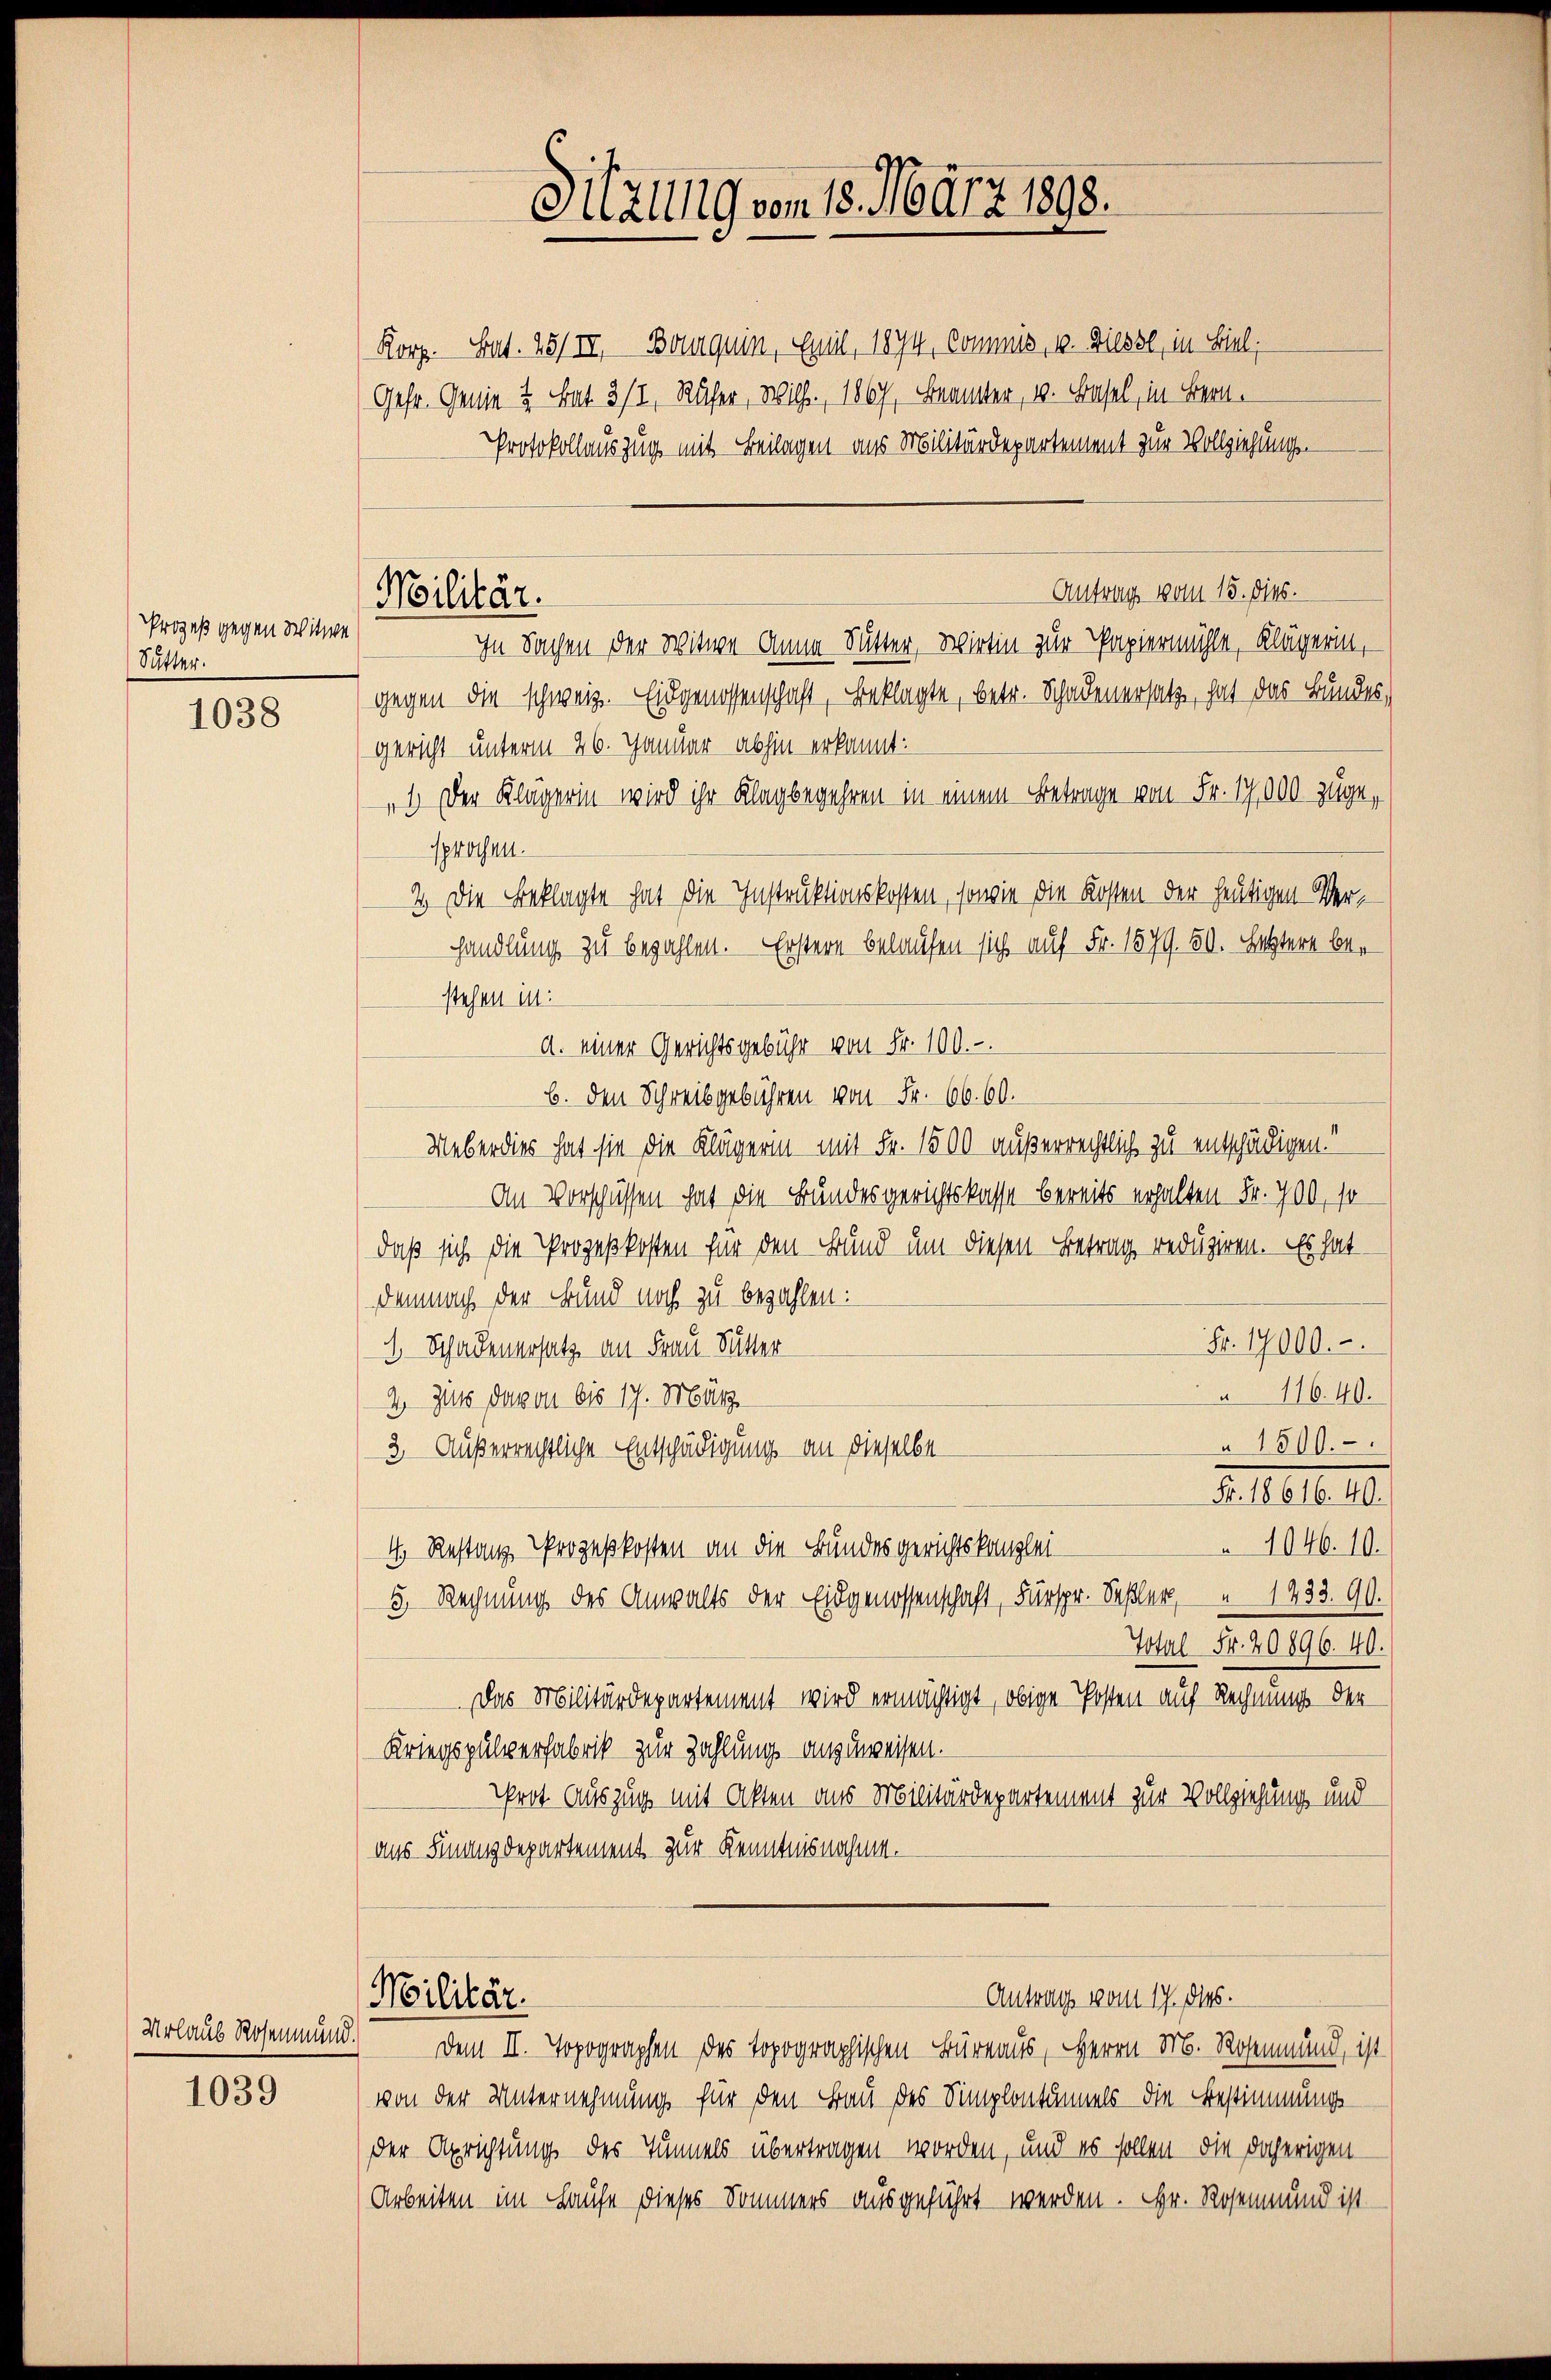
Prozeß gegen Witwe
Sutter.

1038

Urlaub Rosenmund.

1039

Militär.

Korp. Sat. 25/II, Bouquin, Emil 1874, Commis, v. Diesse, in Biel,
Gehr. Genie 2 Tat 3/2, Rufer, Wilh. 1867, Beamter, v. Basel, in Bern.
Protokollauszug mit Beilagen aus Militärdepartement zur Vollziehungs¬
Antrag vom 15. dies.
In Sachen der Witwe Anna Sutter, Wirtin zur Papiermühle, Klägerin,
gegen die schweiz. Eidgenossenschaft, Beklagte, betr. Schadenersatz, hat das Bundes,
gericht unterm 26. Januar abhin erkannt:
„1.) Der Klägerin wird ihr Klagbegehren in einem Betrage von Fr. 17,000 zugesprochen
2. Die Beklagte hat die Instruktionskosten, sowie die Kosten der heutigen Verhandlung zu bezahlen. Erstern belaufen sich auf Fr. 1579. 50. Letztere bestehen in:
a. einer Gerichtsgebühr von Fr. 100.-
b. den Schreibgebühren von Fr. 66. 60.
Ueberdies hat sie die Klägerin mit Fr. 1500 außerrechtlich zu entschädigen.
An Vorschüssen hat die Bundesgerichtskasse bereits erhalten Fr. 700, so
daß sich die Prozeßkosten für den Bund um diesen Betrag reduziren. Es hat
Demnach der Bund noch zu bezahlen:
Fr. 17000.
1 Schadenersatz an Frau Sutter
116. 40.
2. Zins davon bis 17. März.
à 1500.
3. Außerrechtliche Entschädigung an dieselbe
Felle 10. 10.
1046. 10.
4. Restanz Prozeßkosten an die Bundesgerichtskanzlei-
5. Rechnung des Anwalts der Eidgenossenschaft, Fürspr. Sehler, 1433. 90.
Total Fr. 20896. 40.
Das Militärdepartement wird ermächtigt, obige Posten auf Rechnung der
Kriegspulverfabrik zur Zahlung anzuweisen.
Prot Auszug mit Akten aus Militärdepartement zur Vollziehung und
aus Finanzdepartement zur Kenntnisnahme.
Militär.
Antrag vom 17. ds.
Dem II. Topographen des topographischen Büreaus, Herrn M. Rosenmund, ist
von der Unternehmung für den Bau des Simplontannels die Bestimmungsder Aprichtung des Tunnels übertragen worden, und es sollen die daherigen
Arbeiten im Hause dieses Sommers ausgeführt werden. Hr. Rosenmund ist

Sitzung vom 13. März 1898.